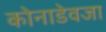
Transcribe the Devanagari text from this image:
कोनाडेवजा